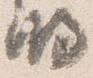
明